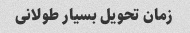
زمان تحویل بسیار طولانی